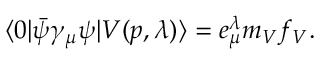
\langle 0 | \bar { \psi } \gamma _ { \mu } \psi | V ( p , \lambda ) \rangle = e _ { \mu } ^ { \lambda } m _ { V } f _ { V } .